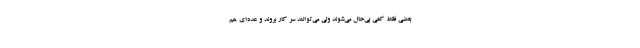
بعضی فقط کمی بی‌حال می‌شوند ولی می‌توانند سر کار بروند و عده‌ای هم